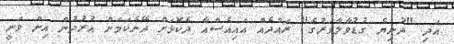
އަދި "ދުނިޔެ ގުޑުވާލާވަރުގެ" ރައްދެއް އައިއެސްއާ ދެކޮޅަށް ދޭނެކަމަށް އުރުދުން އިން ވަނީ